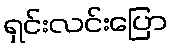
ရှင်းလင်းပြော